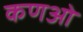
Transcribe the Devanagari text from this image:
कणओ